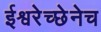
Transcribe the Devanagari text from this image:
ईश्वरेच्छेनेच